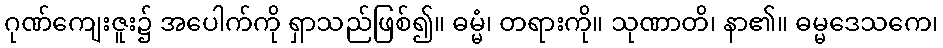
ဂုဏ်ကျေးဇူး၌ အပေါက်ကို ရှာသည်ဖြစ်၍။ ဓမ္မံ၊ တရားကို။ သုဏာတိ၊ နာ၏။ ဓမ္မဒေသကေ၊